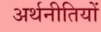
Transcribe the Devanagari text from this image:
अर्थनीतियों